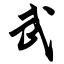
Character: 武